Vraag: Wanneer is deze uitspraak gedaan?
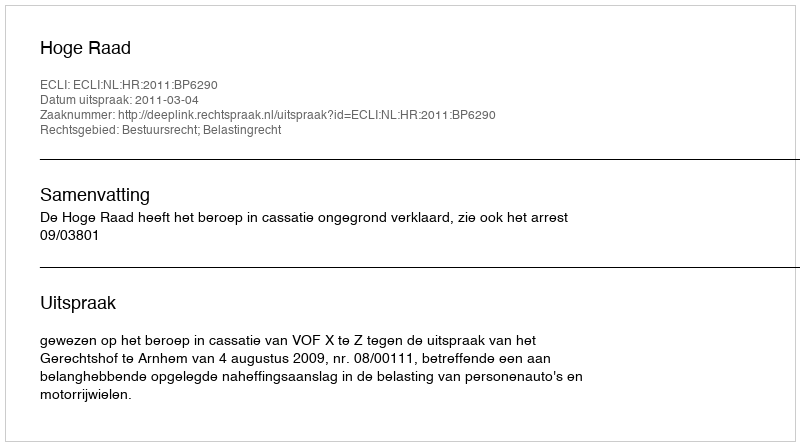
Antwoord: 2011-03-04